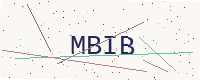
Text: MBIB